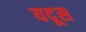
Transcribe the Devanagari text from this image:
यदूस